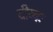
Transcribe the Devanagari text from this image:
दीव्यः